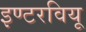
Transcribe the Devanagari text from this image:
इण्टरवियू